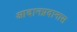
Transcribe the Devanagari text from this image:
आदानप्रदानास